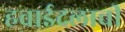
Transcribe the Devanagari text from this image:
हवाईदलाची